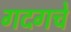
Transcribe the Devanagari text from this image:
गदगचे